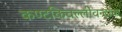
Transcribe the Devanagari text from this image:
कण्टकिवल्लीवन्दाक